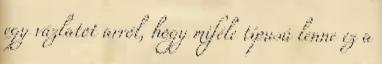
egy vázlatot arról, hogy miféle típusú lenne ez a